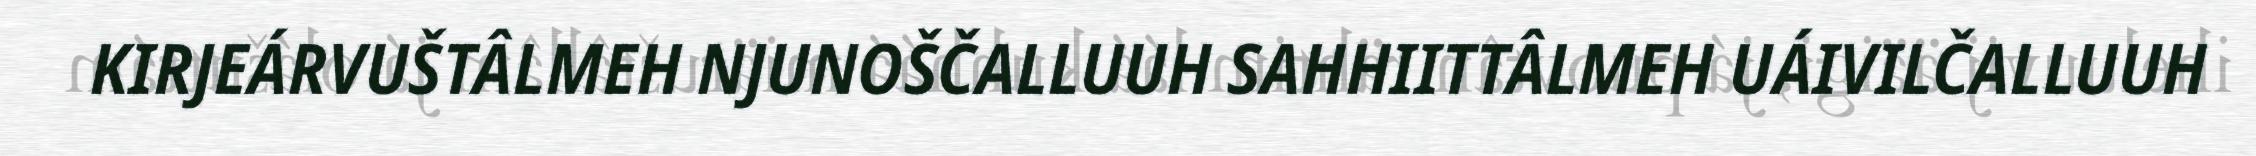
KIRJEÁRVUŠTÂLMEH NJUNOŠČALLUUH SAHHIITTÂLMEH UÁIVILČALLUUH